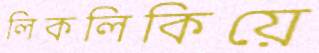
লিকলিকিয়ে